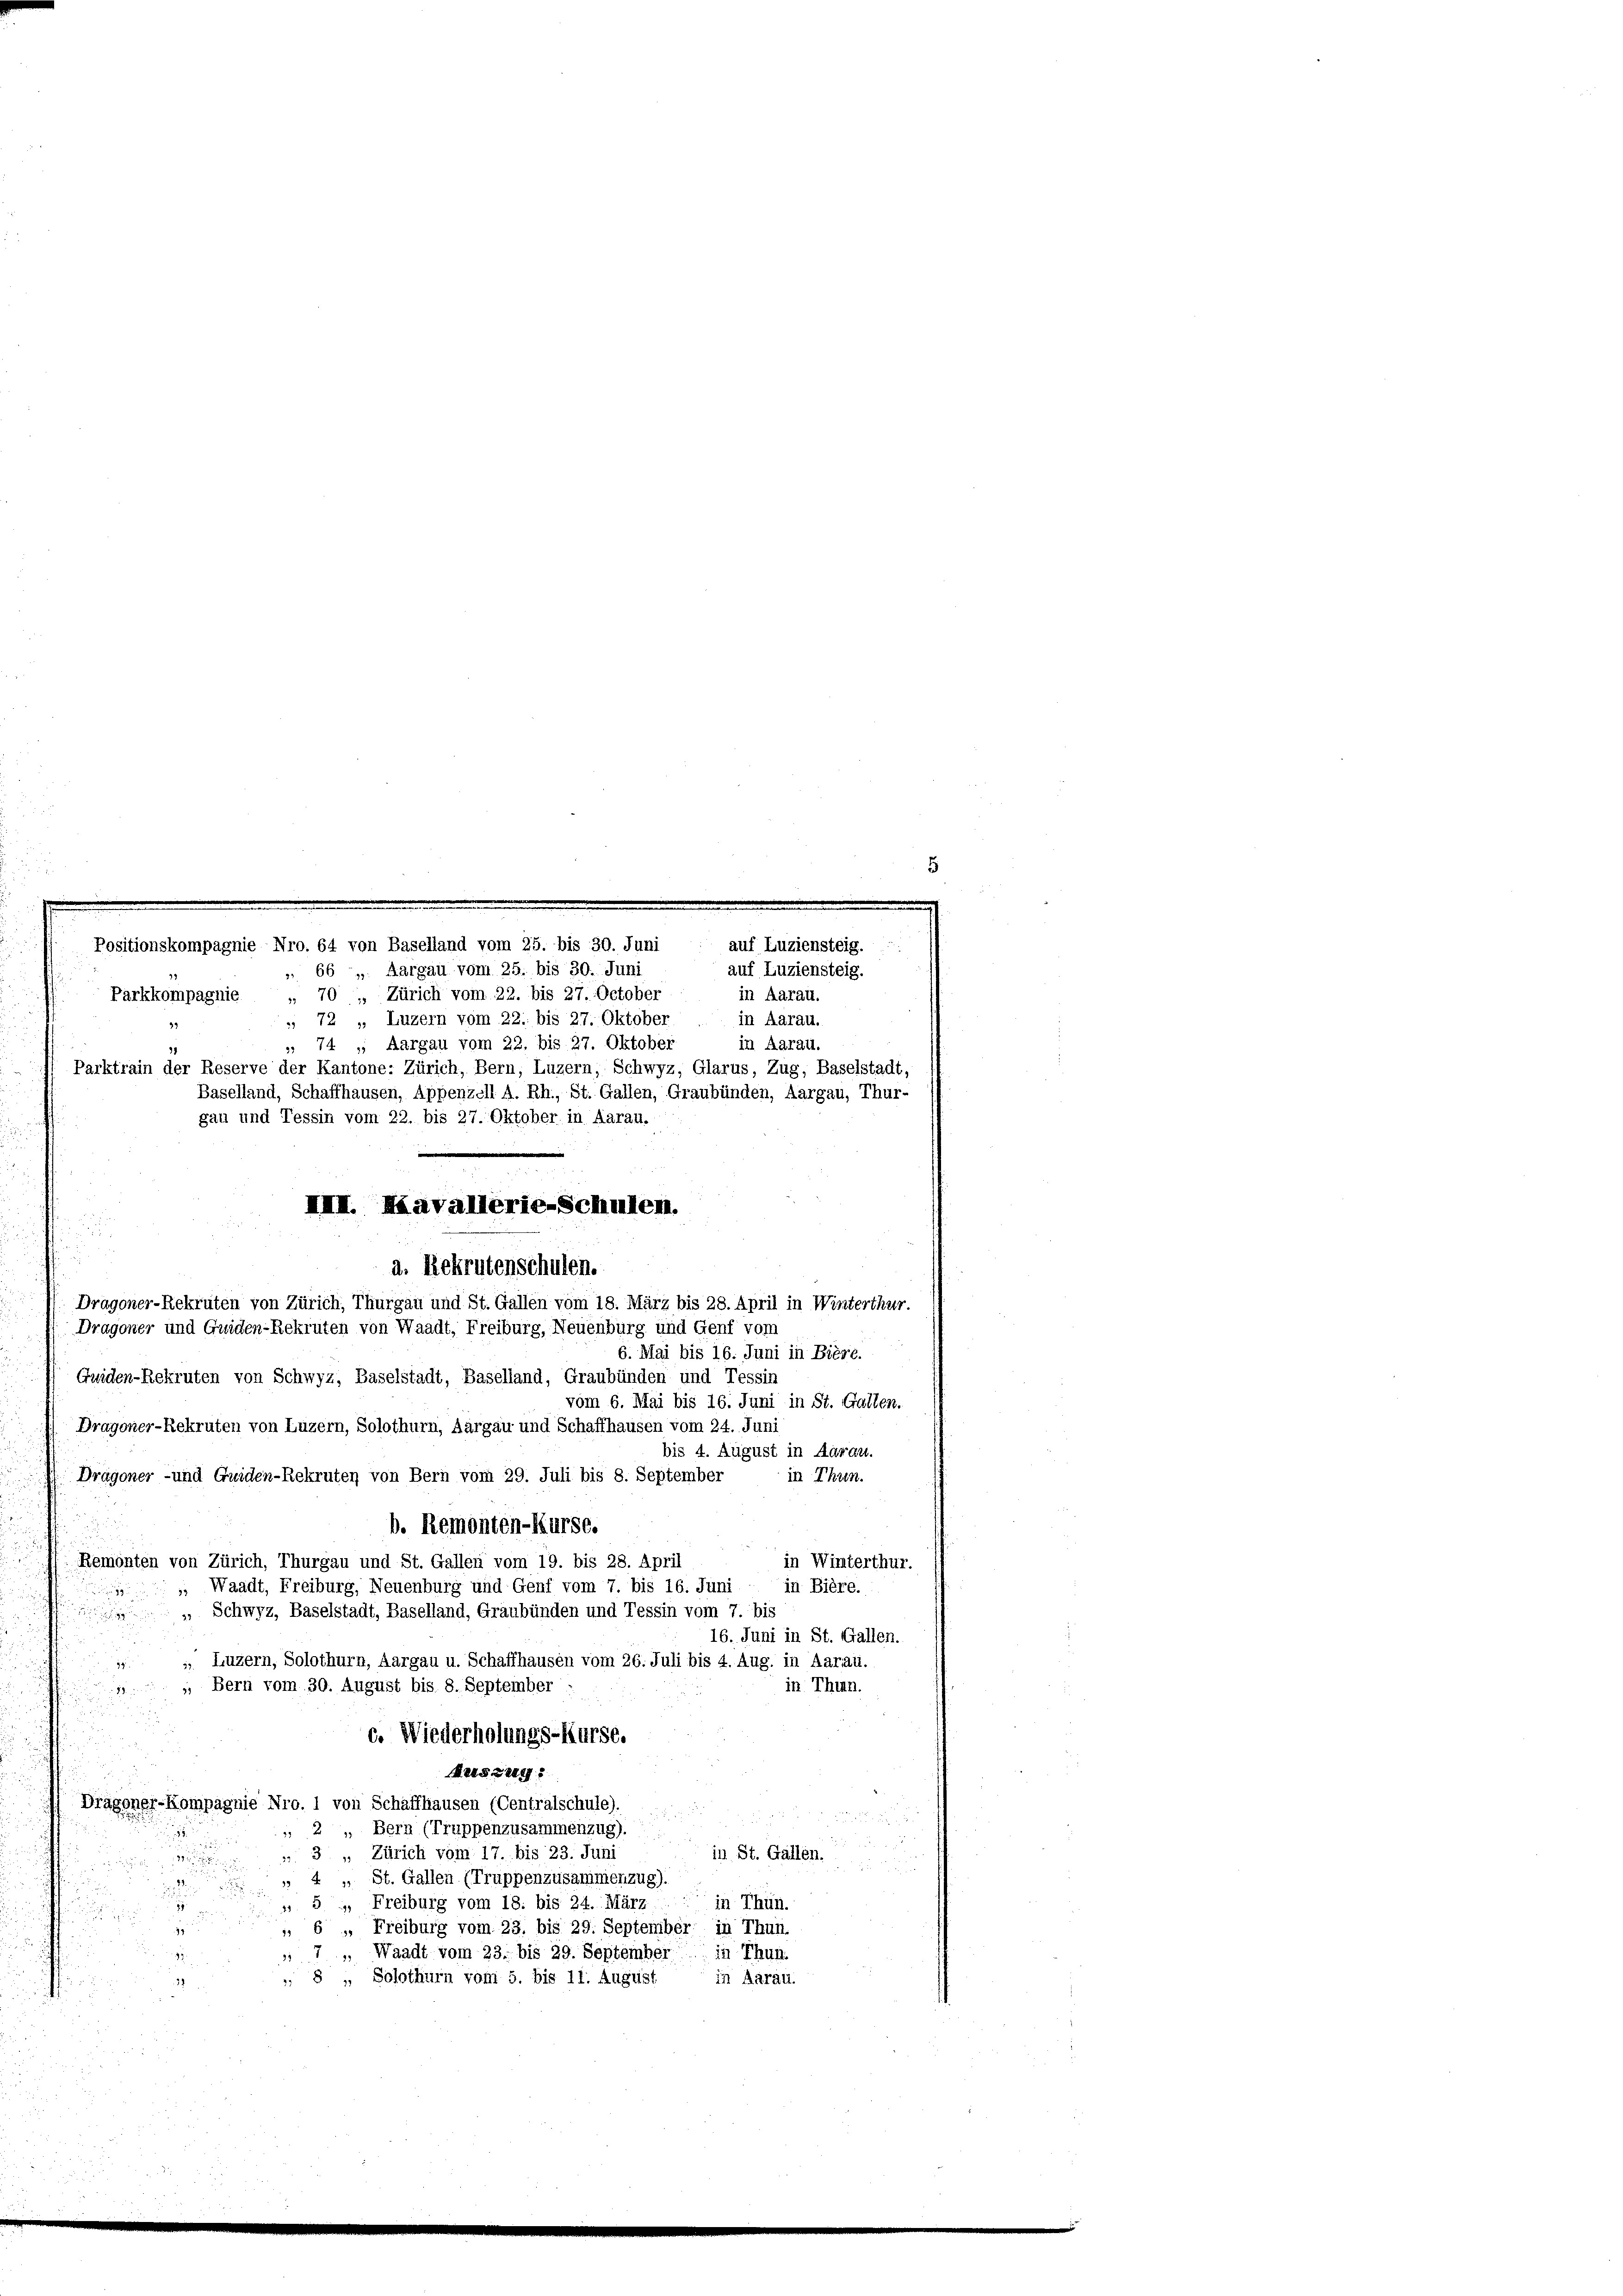
Positionskompagnie Nro. 64 von Baselland vom 25. bis 30. Juni
 66, Aargau vom 25. bis 30. Juni
Parkkompagnie 70 , Zürich vom 22. bis 27. October
 72 „ Luzern vom 22. bis 27. Oktober
, 74, Aargau vom 22. bis 27. Oktober
Parktrain der Reserve der Kantone: Zürich, Bern, Luzern, Schwyz, Glarus, Zug, Baselstadt,
Baselland, Schaffhausen, Appenzell A. Rh., St. Gallen, Graubünden, Aargau, Thur-
gau und Tessin vom 22. bis 27. Oktober in Aarau.
.
Dragoner-Rekruten von Zürich, Thurgau und St. Gallen vom 18. März bis 28. April in Winterthur.
Dragoner und Guiden-Rekruten von Waadt, Freiburg, Neuenburg und Genf vom
6. Mai bis 16. Juni in Biere.
Griden-Rekruten von Schwyz, Baselstadt, Baselland, Graubünden und Tessin
vom 6. Mai bis 16. Juni in St. Gallen.
Dragoner-Rekruten von Luzern, Solothurn, Aargau und Schaffhausen vom 24. Juni
bis 4. August in Aarau.
Dragoner- und Guiden-Rekruten von Bern vom 29. Juli bis 8. September
in Thun.
b. Remonten-Kurse.
Remonten von Zürich, Thurgau und St. Gallen vom 19. bis 28. April
in Winterthur.
 Waadt, Freiburg, Neuenburg und Genf vom 7. bis 16. Juni in Bière.

Schwyz, Baselstadt, Baselland, Graubünden und Tessin vom 7. bis
S
16. Juni in St. Gallen.
s. Luzern, Solothurn, Aargau u. Schaffhausen vom 26. Juli bis 4. Aug. in Aarau.
in Thun.
„ Bern vom 30. August bis 8. September
88
c. Wiederholungs-Kurse.
Aeiszig
Dragoner-Kompagnie Nro. 1 von Schaffhausen (Centralschule).

" 2 " Bern (Truppenzusammenzug).

in St. Gallen.
 3 „ Zürich vom 17. bis 23. Juni
e

 4 „ St. Gallen (Truppenzusammenzug).

in Thun.
» 5 " Freiburg vom 18. bis 24. März
s
 6 „ Freiburg vom 23. bis 29. September in Thun.
 7 „ Waadt vom 23. bis 29. September in Thun
8 „ Solothurn vom 5. bis 11. August
in Aarau.
38
i

IIII. Miavallerie-Schulen.
a. Rekrutenschulen.

in Aarau.
in Aarau.
in Aarau.

auf Luziensteig.
auf Luziensteig.